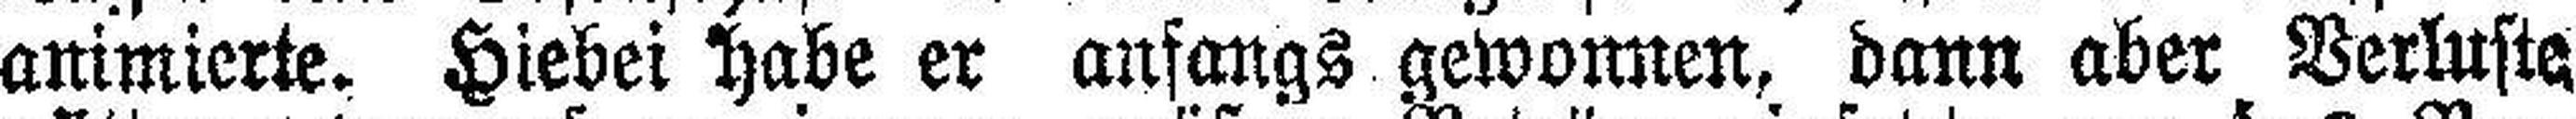
animierte. Hiebei habe er anfangs gewonnen, dann aber Verluste